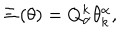
LaTeX: \Xi \left( \theta \right) = Q _ { \alpha } ^ { k } \theta _ { k } ^ { \alpha } ,